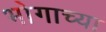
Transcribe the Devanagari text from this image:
भोगाच्या